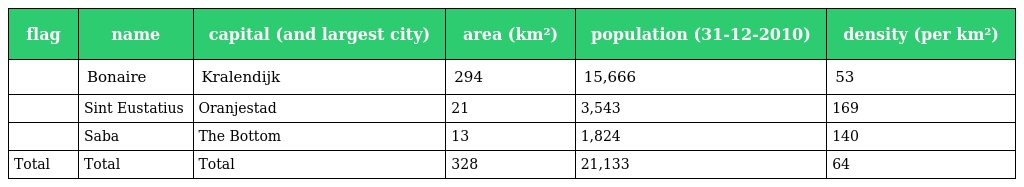
| flag | name | capital (and largest city) | area (km²) | population (31-12-2010) | density (per km²) |
 | --- | --- | --- | --- | --- | --- |
 |  | Bonaire | Kralendijk | 294 | 15,666 | 53 |
 |  | Sint Eustatius | Oranjestad | 21 | 3,543 | 169 |
 |  | Saba | The Bottom | 13 | 1,824 | 140 |
 | Total | Total | Total | 328 | 21,133 | 64 |